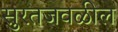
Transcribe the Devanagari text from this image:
सुरतजवळील